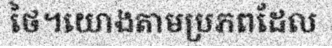
ថៃ។យោងតាមប្រភពដែល